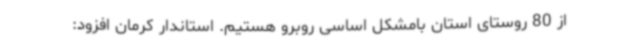
از 80 روستای استان بامشکل اساسی روبرو هستیم. استاندار کرمان افزود: